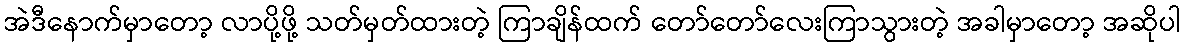
အဲဒီနောက်မှာတော့ လာပို့ဖို့ သတ်မှတ်ထားတဲ့ ကြာချိန်ထက် တော်တော်လေးကြာသွားတဲ့ အခါမှာတော့ အဆိုပါ